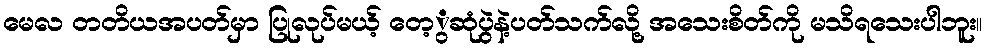
မေလ တတိယအပတ်မှာ ပြုလုပ်မယ့် တေ့ွဆုံပွဲနဲ့ပတ်သက်လို့ အသေးစိတ်ကို မသိရသေးပါဘူး။